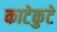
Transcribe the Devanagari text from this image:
काटेकुटे